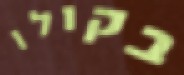
בקולו